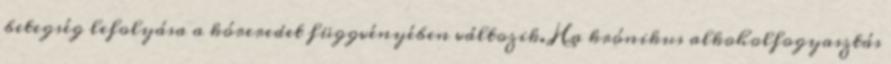
betegség lefolyása a kóreredet függvényében változik. Ha krónikus alkoholfogyasztás